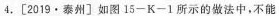
4.[2019·泰州〕如图15-K-1所示的做法中，不能